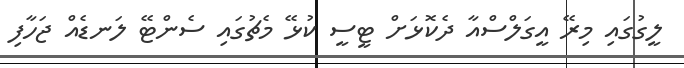
ލީގުގައި މިރޭ އީގަލްސްއާ ދެކޮޅަށް ޓީސީ ކުޅޭ މެޗުގައި ސެންޓޭ ލަނޑެއް ޖަހާފި